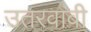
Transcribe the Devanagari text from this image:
उतरवावी